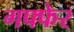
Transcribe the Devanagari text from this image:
गफ्फेर